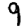
Digit: 9